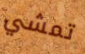
تمشي